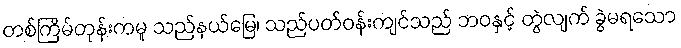
တစ်ကြိမ်တုန်းကမူ သည်နယ်မြေ၊ သည်ပတ်ဝန်းကျင်သည် ဘဝနှင့် တွဲလျက် ခွဲမရသော